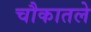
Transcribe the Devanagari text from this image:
चौकातले